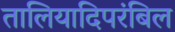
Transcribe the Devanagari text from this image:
तालियादिपरंबिल